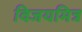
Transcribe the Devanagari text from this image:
विजयमित्र